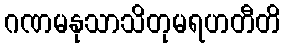
ဂဏမနုသာသိတုမရဟတီတိ